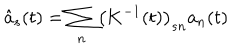
\hat { a } _ { s } ( t ) = \sum _ { n } \left( { \bf K } ^ { - 1 } ( t ) \right) _ { s n } a _ { n } ( t )